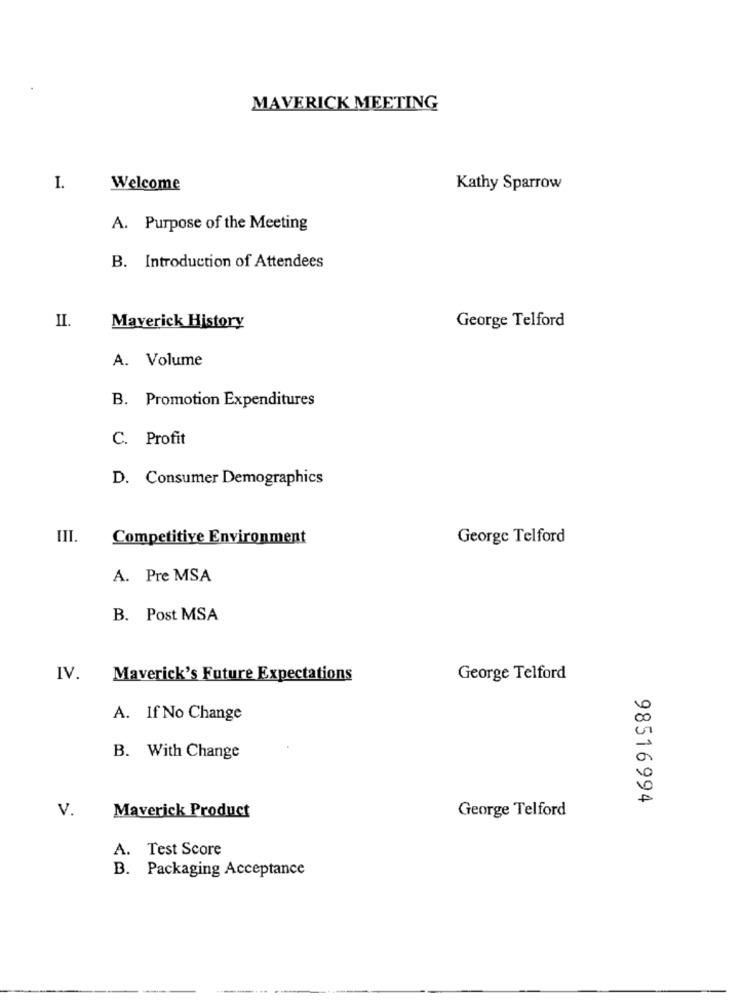
MAVERICK MEETING
I.
Welcome
Kathy Sparrow
A. Purpose of the Meeting
B. Introduction of Attendees
II.
George Telford
Maverick History
A. Volume
B. Promotion Expenditures
C. Profit
D. Consumer Demographics
III.
Competitive Environment
George Telford
A. Pre MSA
B. Post MSA
IV.
Maverick's Future Expectations
George Telford
A. If No Change
B. With Change
98516994
V.
Maverick Product
George Telford
A. Test Score
B. Packaging Acceptance